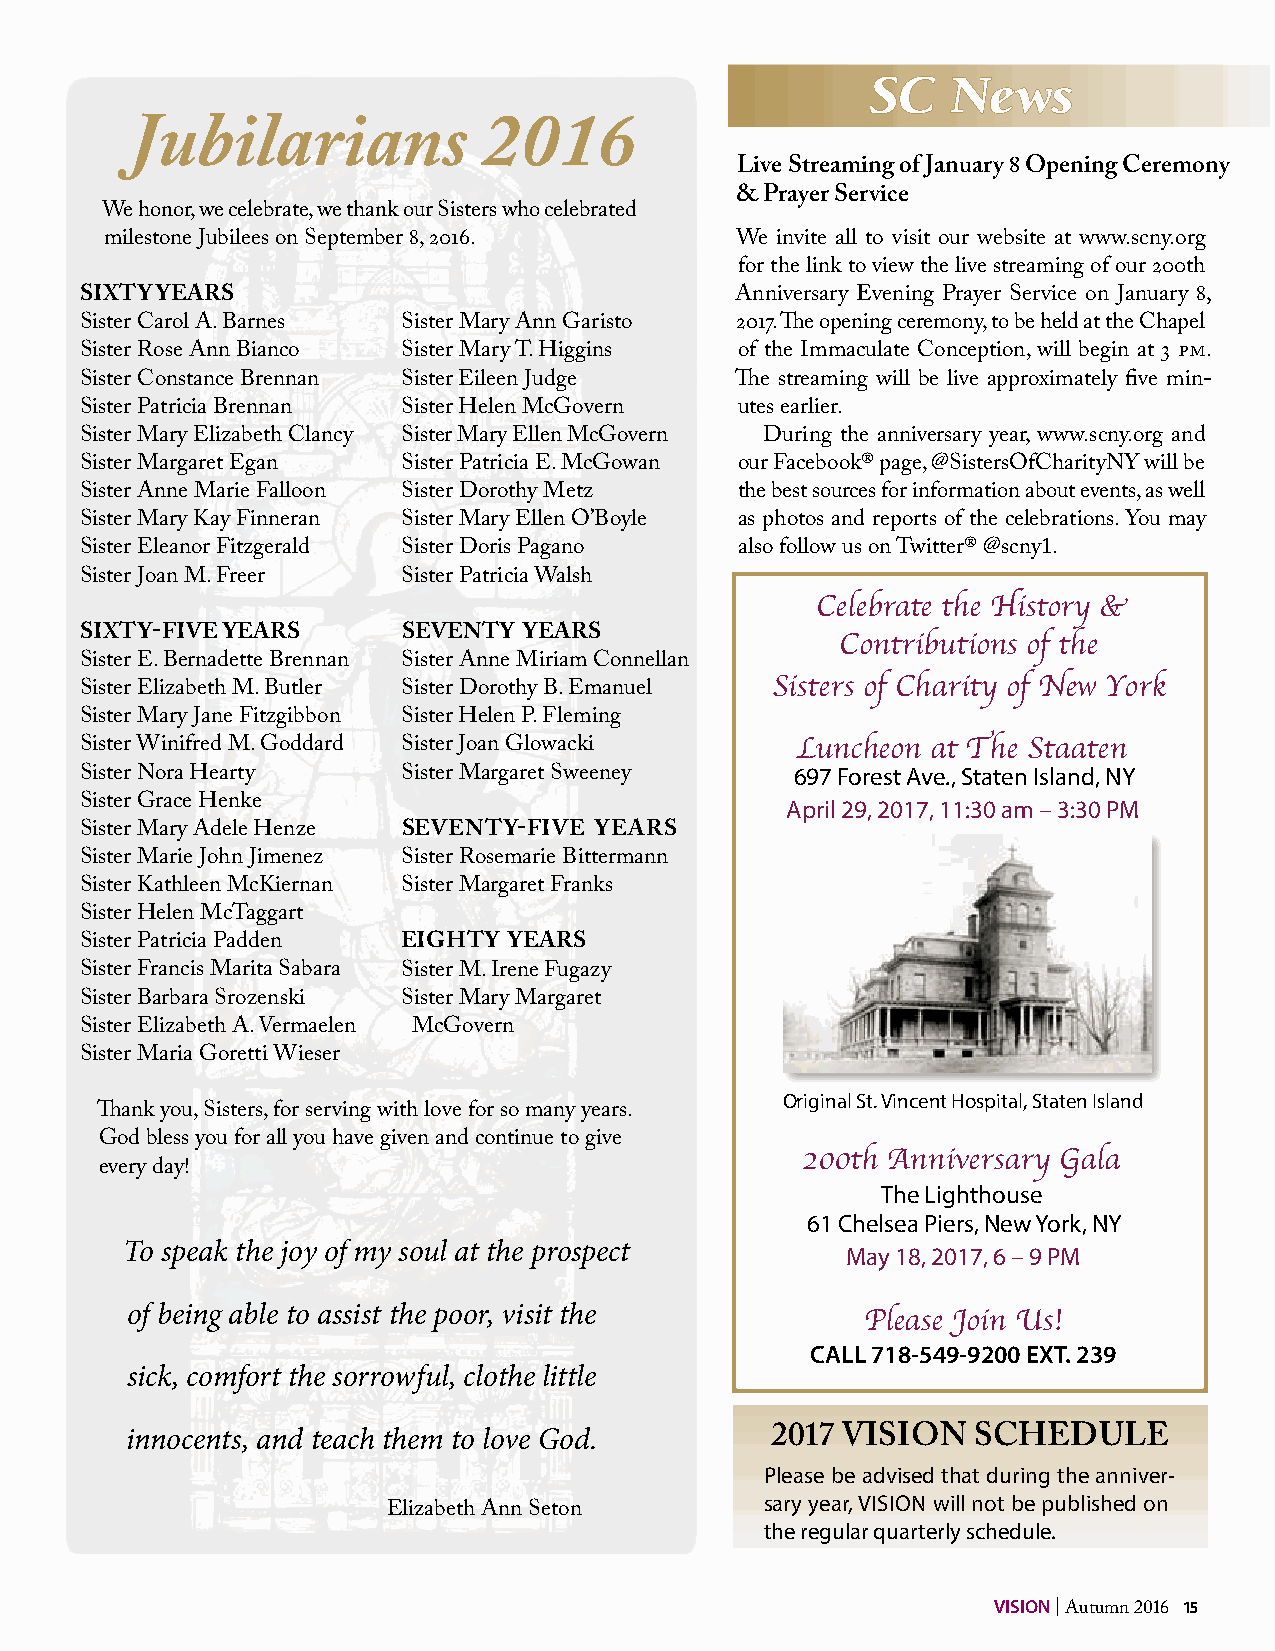
SC   News
 Jubilarians             2016
 Live Streaming of January 8 Opening Ceremony
 & Prayer Service
 We honor, we celebrate, we thank our Sisters who celebrated
 1
 milestone Jubilees on September 8, 20 6.  We invite all to visit our website at www.scny.org
 for the link to view the live streaming of our 200th
 SIXTY YEARS                                 Anniversary Evening Prayer Service on January 8,
 1
 Sister Carol A. Barnes Sister Mary Ann Garisto 20 7. The opening ceremony, to be held at the Chapel
 Sister Rose Ann Bianco Sister Mary T. Higgins of the Immaculate Conception, will begin at 3 pm.
 Sister Constance Brennan Sister Eileen Judge The streaming will be live approximately five min-
 Sister Patricia Brennan Sister Helen McGovern utes earlier.
 Sister Mary Elizabeth Clancy Sister Mary Ellen McGovern During the anniversary year, www.scny.org and
 Sister Margaret Egan  Sister Patricia E. McGowan our Facebook® page, @SistersOfCharityNY will be
 Sister Anne Marie Falloon Sister Dorothy Metz the best sources for information about events, as well
 Sister Mary Kay Finneran Sister Mary Ellen O’Boyle as photos and reports of the celebrations. You may
 Sister Eleanor Fitzgerald Sister Doris Pagano also follow us on Twitter® @scny1.
 Sister Joan M. Freer  Sister Patricia Walsh
 Celebrate the History &
 SIXTY-FIVE YEARS      SEVENTY YEARS                Contributions of the
 Sister E. Bernadette Brennan Sister Anne Miriam Connellan
 Sisters of Charity of New York
 Sister Elizabeth M. Butler Sister Dorothy B. Emanuel
 Sister Mary Jane Fitzgibbon Sister Helen P. Fleming
 Sister Winifred M. Goddard Sister Joan Glowacki Luncheon at The Staaten
 Sister Nora Hearty    Sister Margaret Sweeney   697 Forest Ave., Staten Island, NY
 Sister Grace Henke                             April 29, 2017, 11:30 am – 3:30 PM
 Sister Mary Adele Henze SEVENTY-FIVE YEARS
 Sister Marie John Jimenez Sister Rosemarie Bittermann
 Sister Kathleen McKiernan Sister Margaret Franks
 Sister Helen McTaggart
 Sister Patricia Padden EIGHTY YEARS
 Sister Francis Marita Sabara Sister M. Irene Fugazy
 Sister Barbara Srozenski Sister Mary Margaret
 Sister Elizabeth A. Vermaelen McGovern
 Sister Maria Goretti Wieser
 Original St. Vincent Hospital, Staten Island
 Thank you, Sisters, for serving with love for so many years.
 God bless you for all you have given and continue to give
 200th Anniversary Gala
 every day!
 The Lighthouse
 61 Chelsea Piers, New York, NY
 To speak the joy of my soul at the prospect     May 18, 2017, 6 – 9 PM
 of being able to assist the poor, visit the
 Please Join Us!
 CALL 718-549-9200 EXT. 239
 sick, comfort the sorrowful, clothe little
 innocents, and teach them to love God.
 2017 VISION   SCHEDULE
 Please be advised that during the anniver-
 sary year, VISION will not be published on
 Elizabeth Ann Seton
 the regular quarterly schedule.
 VISION | Autumn 2016 15